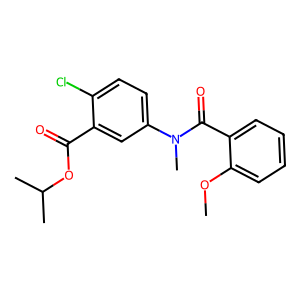
SMILES: COc1ccccc1C(=O)N(C)c1ccc(Cl)c(C(=O)OC(C)C)c1
Inhibits HIV replication: No